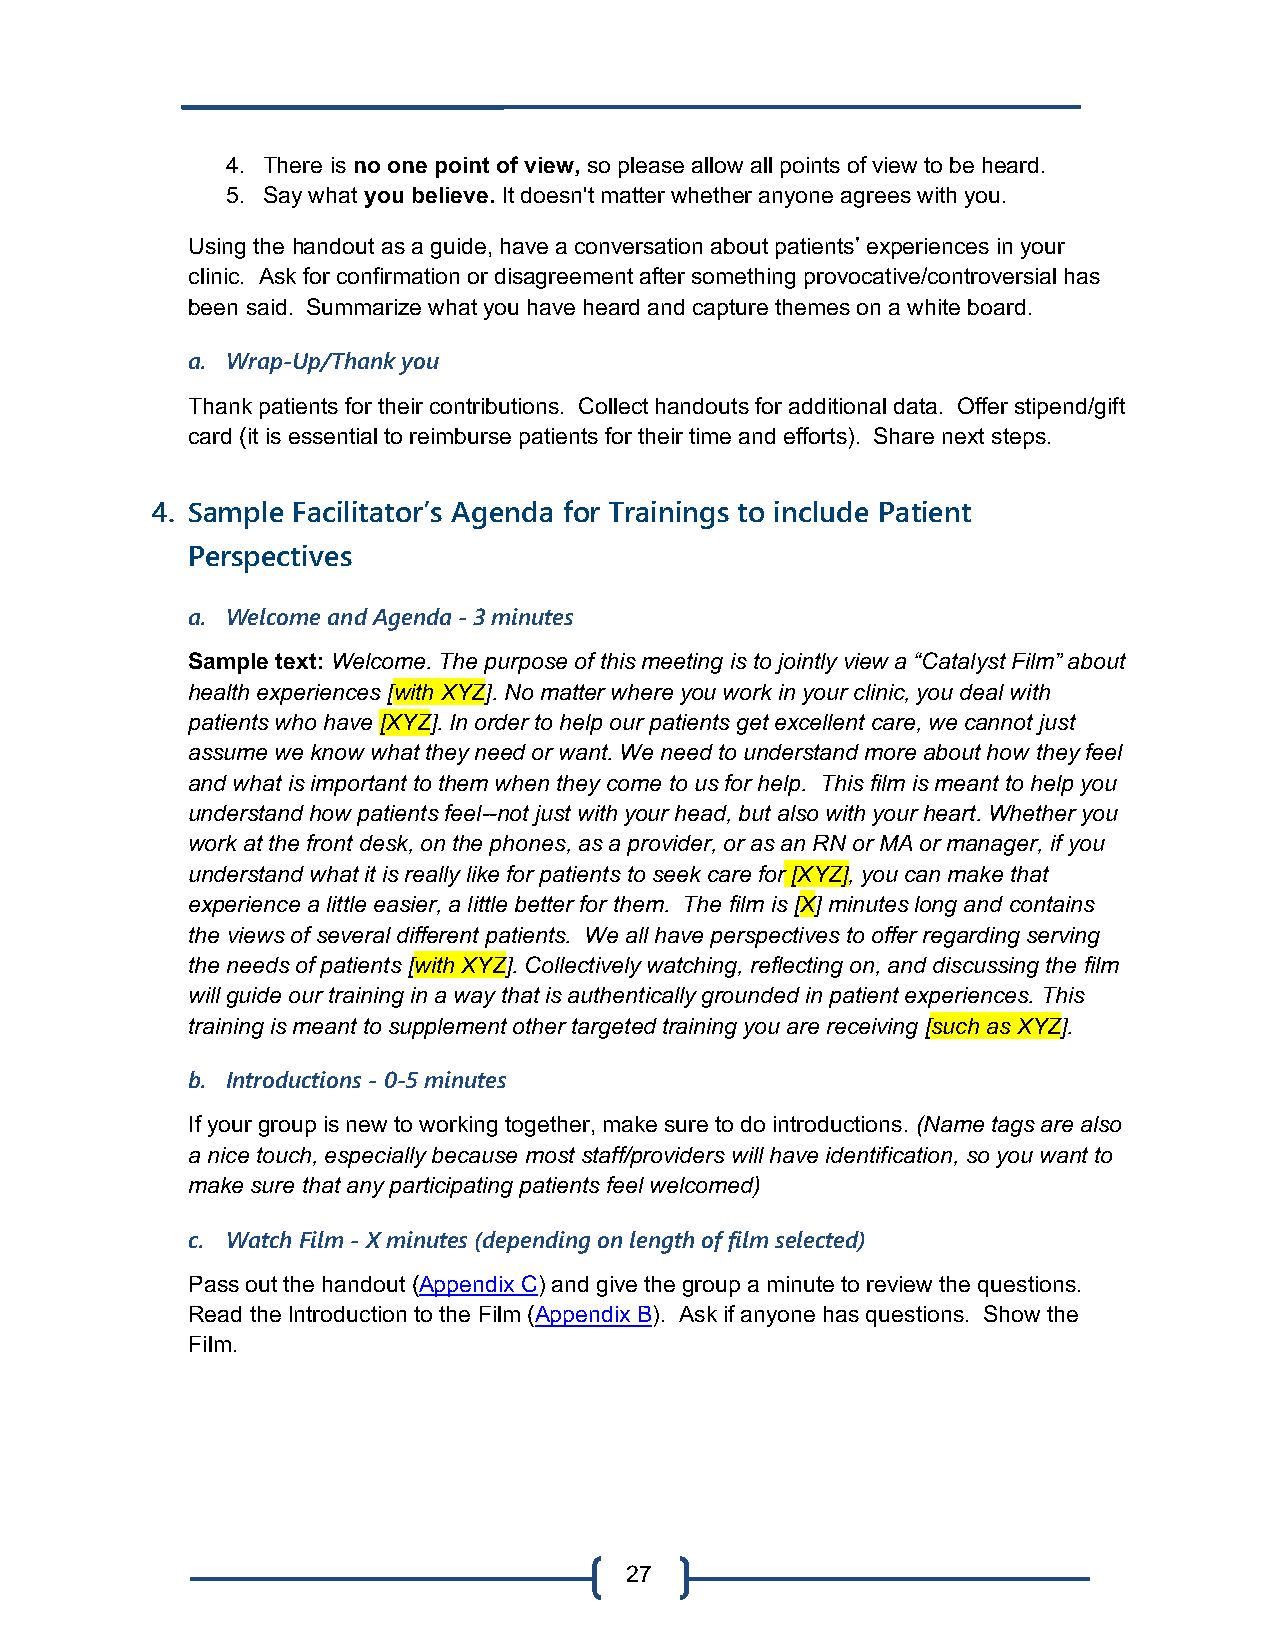
4. There is no one point of view, so please allow all points of view to be heard.
 5. Say what you believe. It doesn't matter whether anyone agrees with you.
 Using the handout as a guide, have a conversation about patients’ experiences in your
 clinic. Ask for confirmation or disagreement after something provocative/controversial has
 been said. Summarize what you have heard and capture themes on a white board.
 a. Wrap-Up/Thank you
 Thank patients for their contributions. Collect handouts for additional data. Offer stipend/gift
 card (it is essential to reimburse patients for their time and efforts). Share next steps.
 4. Sample Facilitator’s Agenda for Trainings to include Patient
 Perspectives
 a. Welcome and Agenda - 3 minutes
 Sample text: Welcome. The purpose of this meeting is to jointly view a “Catalyst Film” about
 health experiences [with XYZ]. No matter where you work in your clinic, you deal with
 patients who have [XYZ]. In order to help our patients get excellent care, we cannot just
 assume we know what they need or want. We need to understand more about how they feel
 and what is important to them when they come to us for help. This film is meant to help you
 understand how patients feel--not just with your head, but also with your heart. Whether you
 work at the front desk, on the phones, as a provider, or as an RN or MA or manager, if you
 understand what it is really like for patients to seek care for [XYZ], you can make that
 experience a little easier, a little better for them. The film is [X] minutes long and contains
 the views of several different patients. We all have perspectives to offer regarding serving
 the needs of patients [with XYZ]. Collectively watching, reflecting on, and discussing the film
 will guide our training in a way that is authentically grounded in patient experiences. This
 training is meant to supplement other targeted training you are receiving [such as XYZ].
 b. Introductions - 0-5 minutes
 If your group is new to working together, make sure to do introductions. (Name tags are also
 a nice touch, especially because most staff/providers will have identification, so you want to
 make sure that any participating patients feel welcomed)
 c. Watch Film - X minutes (depending on length of film selected)
 Pass out the handout (Appendix C) and give the group a minute to review the questions.
 Read the Introduction to the Film (Appendix B). Ask if anyone has questions. Show the
 Film.
 27